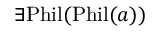
\exists { \mathrm { P h i l } } ( { \mathrm { P h i l } } ( a ) )